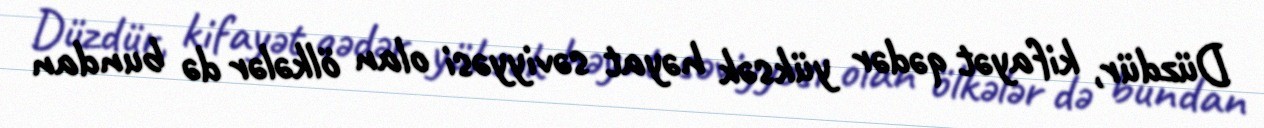
Düzdür, kifayət qədər yüksək həyat səviyyəsi olan ölkələr də bundan